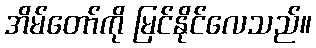
အိမ်တော်ကို မြင်နိုင်လေသည်။